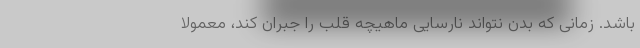
باشد. زمانی که بدن نتواند نارسایی ماهیچه قلب را جبران کند، معمولا